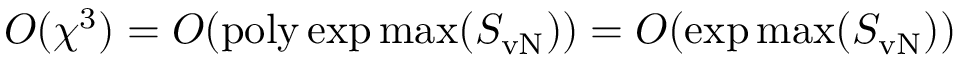
O ( \chi ^ { 3 } ) = O ( \mathrm { p o l y } \exp \operatorname* { m a x } ( S _ { \mathrm { v N } } ) ) = O ( \exp \operatorname* { m a x } ( S _ { \mathrm { v N } } ) )